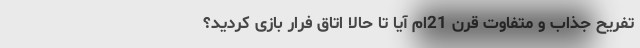
تفریحِ جذاب و متفاوت قرن 21‌ام آیا تا حالا اتاق فرار بازی کردید؟